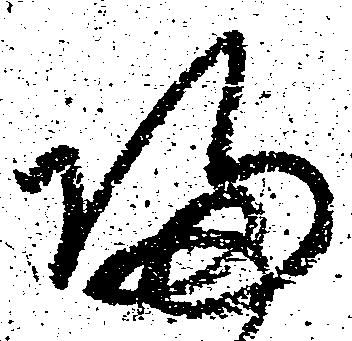
帰